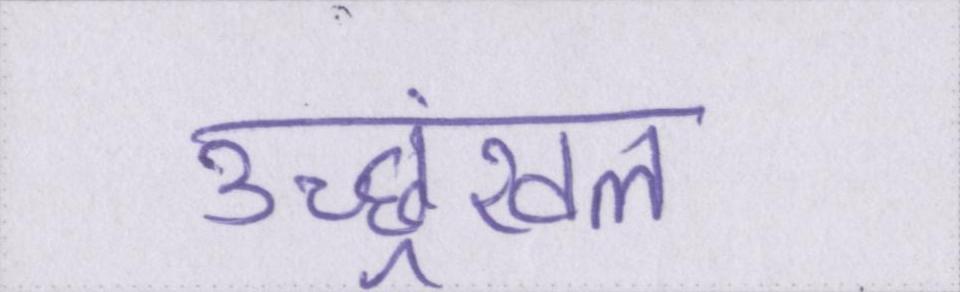
उच्छ्रंखल